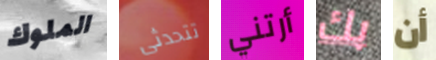
الملوك تتحدثى أرتني بك أن